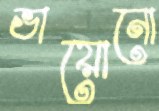
ভায়োনো